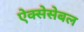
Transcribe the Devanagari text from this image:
ऐक्सेसेबल